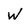
Character: W